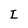
Character: I